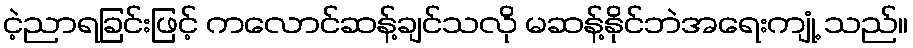
ငဲ့ညာရခြင်းဖြင့် ကလောင်ဆန့်ချင်သလို မဆန့်နိုင်ဘဲအရေးကျုံ့ သည်။